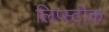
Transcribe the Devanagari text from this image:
लिप्स्टीक